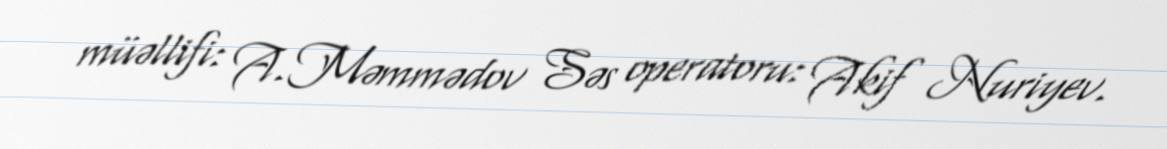
müəllifi: A.Məmmədov Səs operatoru: Akif Nuriyev.